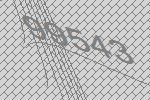
99543